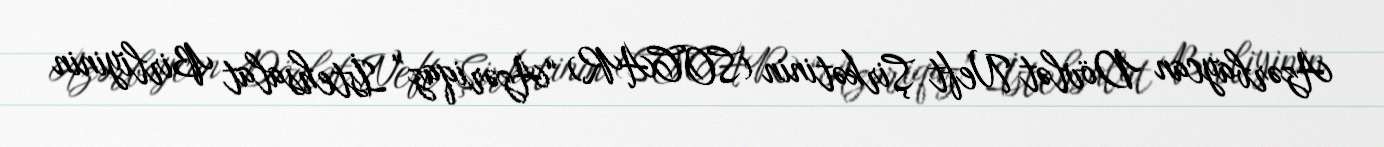
Azərbaycan Dövlət Neft Şirkətinin (SOCAR) “Azəriqaz” İstehsalat Birliyinin